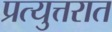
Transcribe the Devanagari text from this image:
प्रत्युत्तरात